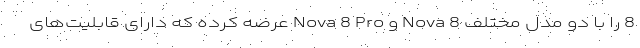
8 را با دو مدل مختلف Nova 8 و Nova 8 Pro عرضه کرده که دارای قابلیت‌های